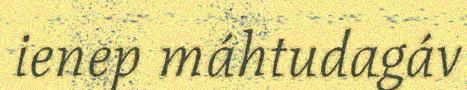
ienep máhtudagáv